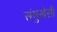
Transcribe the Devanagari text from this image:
संमुखेसी